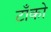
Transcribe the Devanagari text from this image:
टाँको